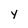
Character: y